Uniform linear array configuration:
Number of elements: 4
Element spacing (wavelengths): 1
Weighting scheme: uniform
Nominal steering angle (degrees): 15
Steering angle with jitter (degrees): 13.341
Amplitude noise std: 0.05
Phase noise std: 0.05

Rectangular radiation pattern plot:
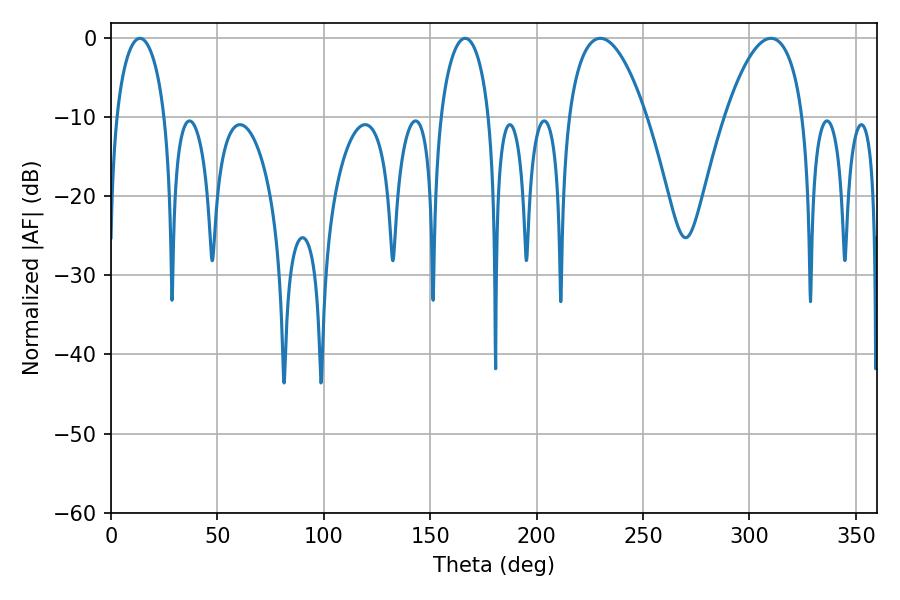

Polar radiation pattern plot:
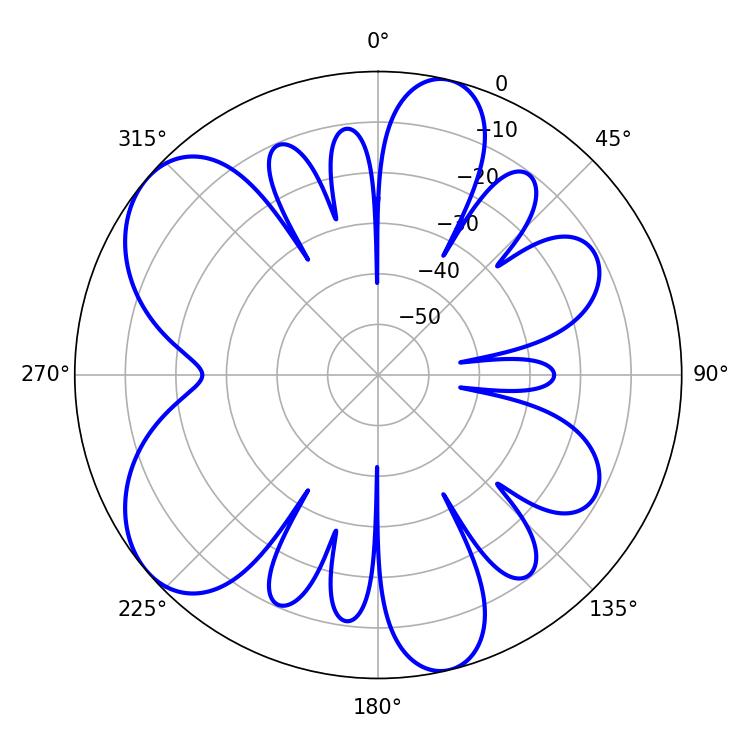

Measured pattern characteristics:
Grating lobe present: TRUE
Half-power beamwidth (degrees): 20.34
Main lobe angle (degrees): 229.86